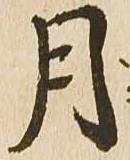
月